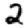
Digit: 2